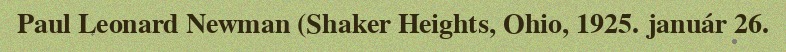
Paul Leonard Newman (Shaker Heights, Ohio, 1925. január 26.